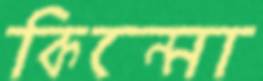
কিন্নো